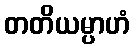
တတိယမ္ပာဟံ